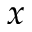
x